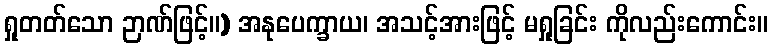
ရှုတတ်သော ဉာဏ်ဖြင့်။) အနုပေက္ခာယ၊ အသင့်အားဖြင့် မရှုခြင်း ကိုလည်းကောင်း။